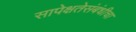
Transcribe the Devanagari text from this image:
सापेक्षतेसंबंधीचा